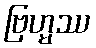
ဗြဟ္မဿ